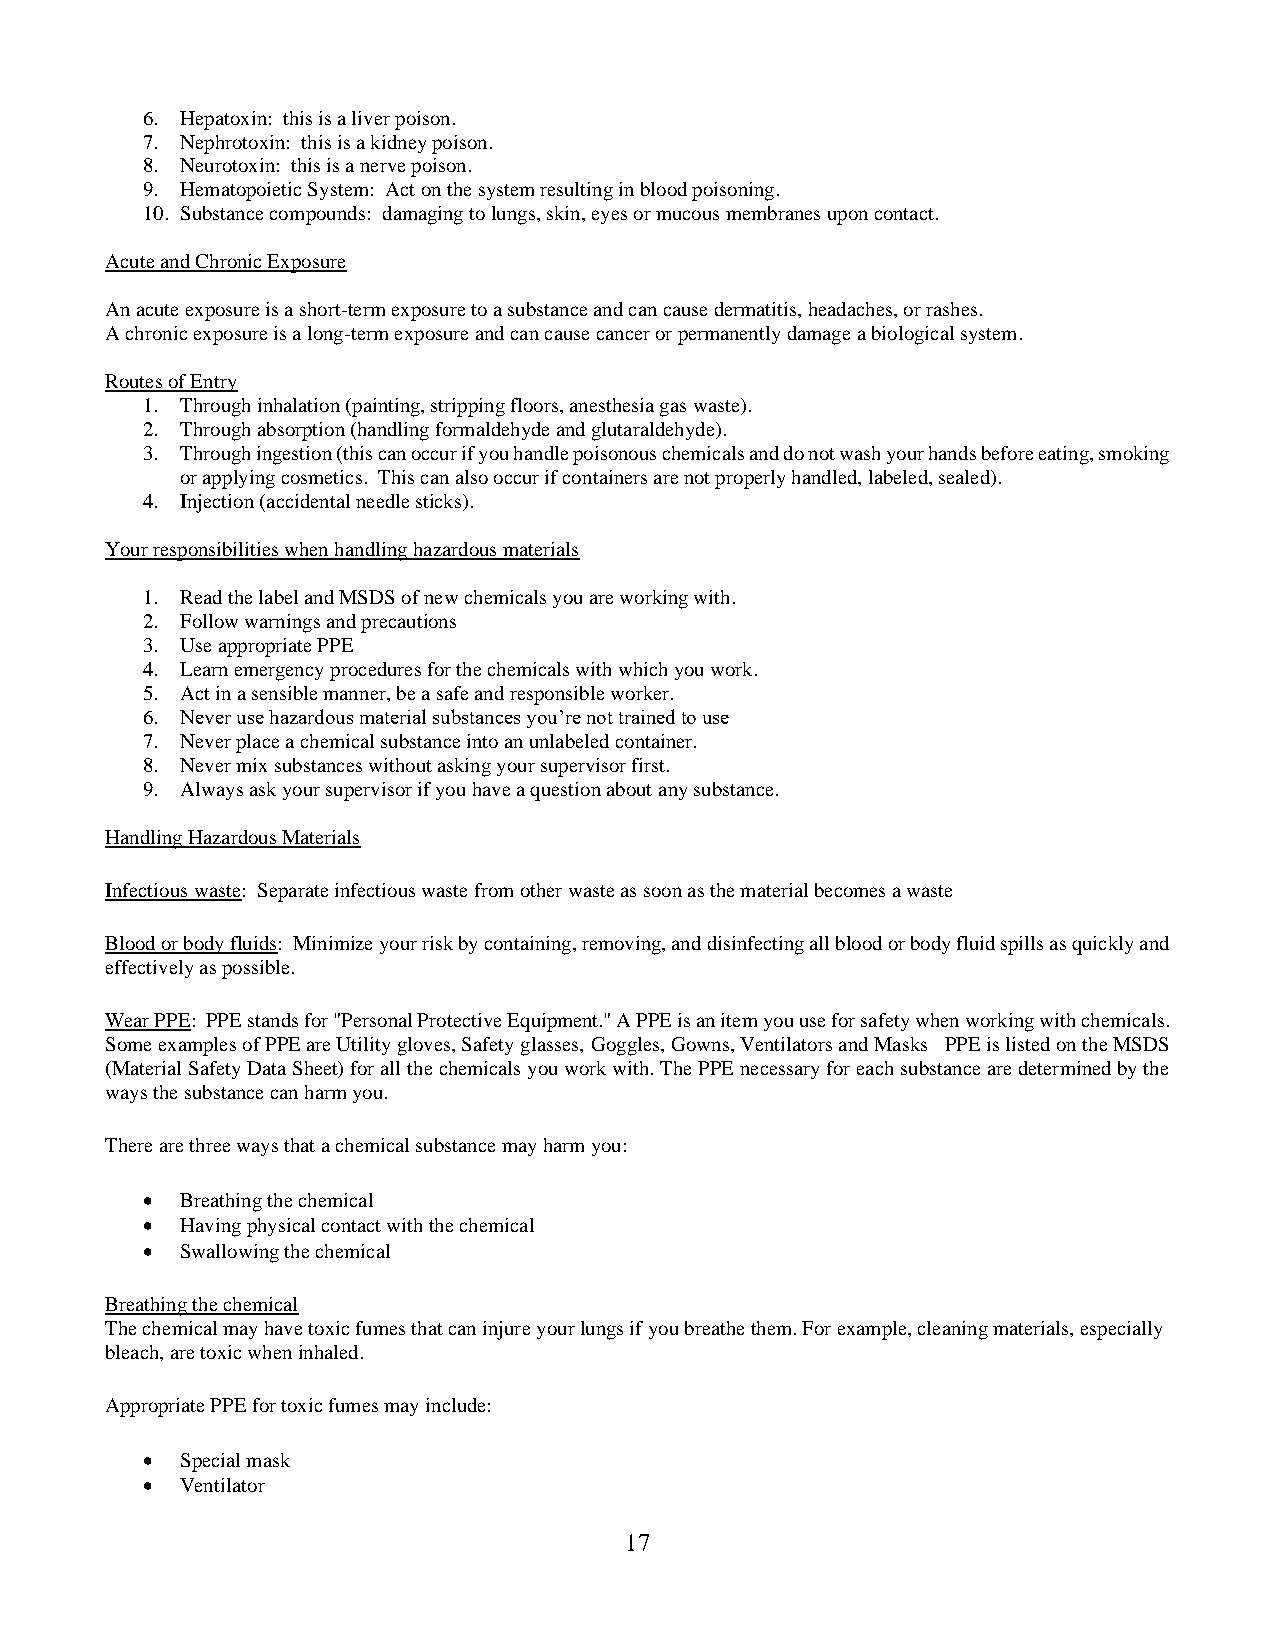
6. Hepatoxin: this is a liver poison.
 7. Nephrotoxin: this is a kidney poison.
 8. Neurotoxin: this is a nerve poison.
 9. Hematopoietic System: Act on the system resulting in blood poisoning.
 10. Substance compounds: damaging to lungs, skin, eyes or mucous membranes upon contact.
 Acute and Chronic Exposure
 An acute exposure is a short-term exposure to a substance and can cause dermatitis, headaches, or rashes.
 A chronic exposure is a long-term exposure and can cause cancer or permanently damage a biological system.
 Routes of Entry
 1. Through inhalation (painting, stripping floors, anesthesia gas waste).
 2. Through absorption (handling formaldehyde and glutaraldehyde).
 3. Through ingestion (this can occur if you handle poisonous chemicals and do not wash your hands before eating, smoking
 or applying cosmetics. This can also occur if containers are not properly handled, labeled, sealed).
 4. Injection (accidental needle sticks).
 Your responsibilities when handling hazardous materials
 1. Read the label and MSDS of new chemicals you are working with.
 2. Follow warnings and precautions
 3. Use appropriate PPE
 4. Learn emergency procedures for the chemicals with which you work.
 5. Act in a sensible manner, be a safe and responsible worker.
 6. Never use hazardous material substances you’re not trained to use
 7. Never place a chemical substance into an unlabeled container.
 8. Never mix substances without asking your supervisor first.
 9. Always ask your supervisor if you have a question about any substance.
 Handling Hazardous Materials
 Infectious waste: Separate infectious waste from other waste as soon as the material becomes a waste
 Blood or body fluids: Minimize your risk by containing, removing, and disinfecting all blood or body fluid spills as quickly and
 effectively as possible.
 Wear PPE: PPE stands for "Personal Protective Equipment." A PPE is an item you use for safety when working with chemicals.
 Some examples of PPE are Utility gloves, Safety glasses, Goggles, Gowns, Ventilators and Masks PPE is listed on the MSDS
 (Material Safety Data Sheet) for all the chemicals you work with. The PPE necessary for each substance are determined by the
 ways the substance can harm you.
 There are three ways that a chemical substance may harm you:
 •  Breathing the chemical
 •  Having physical contact with the chemical
 •  Swallowing the chemical
 Breathing the chemical
 The chemical may have toxic fumes that can injure your lungs if you breathe them. For example, cleaning materials, especially
 bleach, are toxic when inhaled.
 Appropriate PPE for toxic fumes may include:
 •  Special mask
 •  Ventilator
 17